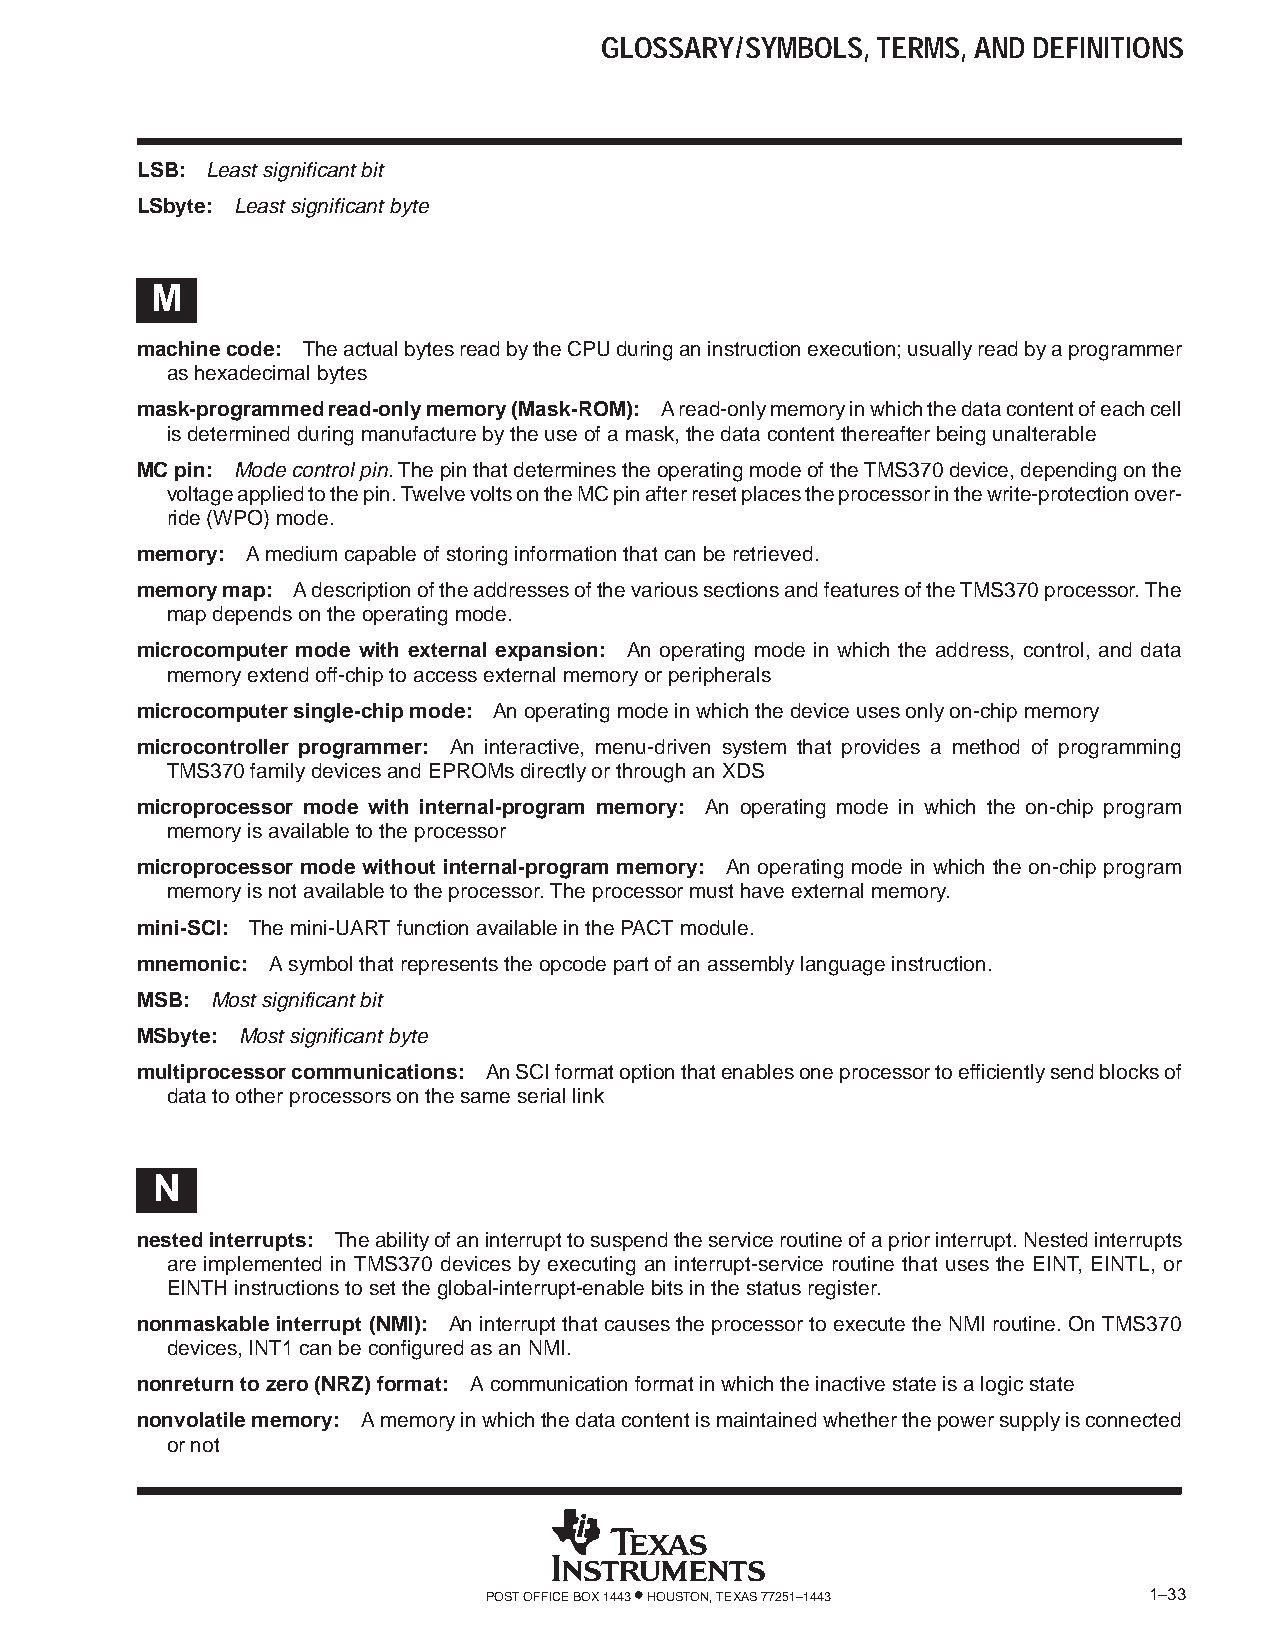
GLOSSARY/SYMBOLS, TERMS, AND DEFINITIONS
 LSB: Least significant bit
 LSbyte: Least significant byte
 M
 machine code: The actual bytes read by the CPU during an instruction execution; usually read by a programmer
 as hexadecimal bytes
 mask-programmed read-only memory (Mask-ROM): A read-only memory in which the data content of each cell
 is determined during manufacture by the use of a mask, the data content thereafter being unalterable
 MC pin: Mode control pin. The pin that determines the operating mode of the TMS370 device, depending on the
 voltage applied to the pin. Twelve volts on the MC pin after reset places the processor in the write-protection over-
 ride (WPO) mode.
 memory: A medium capable of storing information that can be retrieved.
 memory map: A description of the addresses of the various sections and features of the TMS370 processor. The
 map depends on the operating mode.
 microcomputer mode with external expansion: An operating mode in which the address, control, and data
 memory extend off-chip to access external memory or peripherals
 microcomputer single-chip mode: An operating mode in which the device uses only on-chip memory
 microcontroller programmer: An interactive, menu-driven system that provides a method of programming
 TMS370 family devices and EPROMs directly or through an XDS
 microprocessor mode with internal-program memory: An operating mode in which the on-chip program
 memory is available to the processor
 microprocessor mode without internal-program memory: An operating mode in which the on-chip program
 memory is not available to the processor. The processor must have external memory.
 mini-SCI: The mini-UART function available in the PACT module.
 mnemonic: A symbol that represents the opcode part of an assembly language instruction.
 MSB: Most significant bit
 MSbyte: Most significant byte
 multiprocessor communications: An SCI format option that enables one processor to efficiently send blocks of
 data to other processors on the same serial link
 N
 nested interrupts: The ability of an interrupt to suspend the service routine of a prior interrupt. Nested interrupts
 are implemented in TMS370 devices by executing an interrupt-service routine that uses the EINT, EINTL, or
 EINTH instructions to set the global-interrupt-enable bits in the status register.
 nonmaskable interrupt (NMI): An interrupt that causes the processor to execute the NMI routine. On TMS370
 devices, INT1 can be configured as an NMI.
 nonreturn to zero (NRZ) format: A communication format in which the inactive state is a logic state
 nonvolatile memory: A memory in which the data content is maintained whether the power supply is connected
 or not
 POST OFFICE BOX 1443 • HOUSTON, TEXAS 77251–1443 1–33